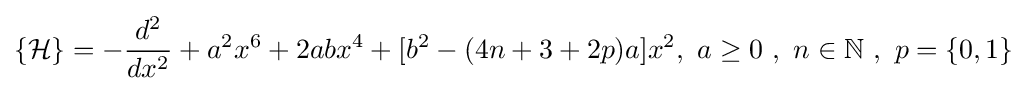
\{{\mathcal {H}}\}=-{\frac {d^{2}}{dx^{2}}}+a^{2}x^{6}+2abx^{4}+[b^{2}-(4n+3+2p)a]x^{2},\ a\geq 0\ ,\ n\in \mathbb {N} \ ,\ p=\{0,1\}